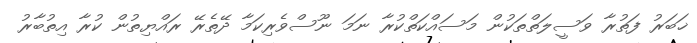
ޚަބަރު ފަތުރާ ވަސީލަތްތަކުން މަސައްކަތްކުރާ ނަމަ ނޫސްވެރިކަމާ ދޭތެރޭ ރައްޔިތުން ކުރާ އިތުބާރު